Report on the administration of the Government Cinchona Department 1892-98
Year: 1892
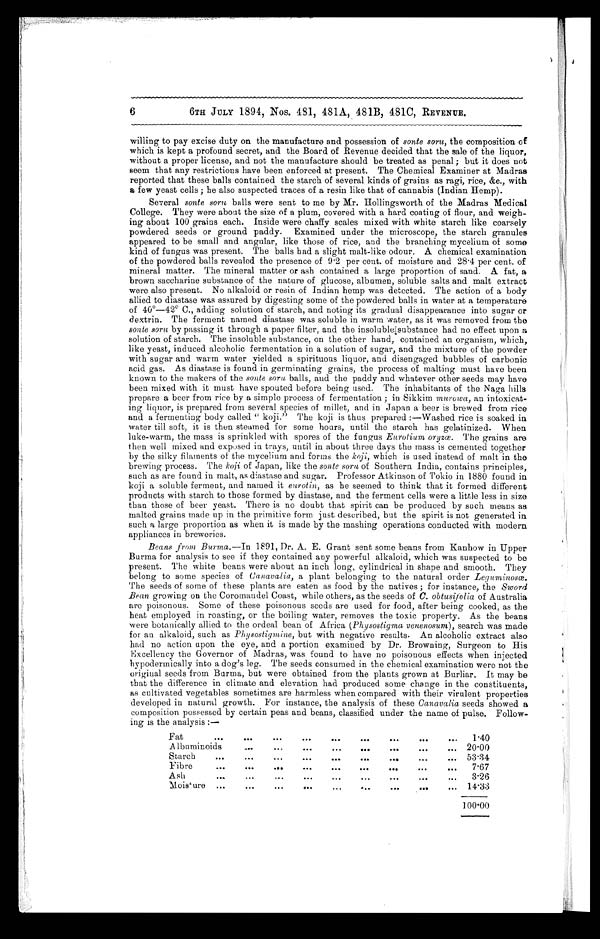
6
6TH JULY 1894, Nos. 481, 481A, 481B, 481C, REVENUE.
willing to pay excise duty on the manufacture and possession of sonte soru, the composition of
which is kept a profound secret, and the Board of Revenue decided that the sale of the liquor,
without a proper license, and not the manufacture should be treated as penal ; but it does not
seem that any restrictions have been enforced at present. The Chemical Examiner at Madras
reported that these balls contained the starch of several kinds of grains as ragi, rice, &c., with
a few yeast cells ; he also suspected traces of a resin like that of cannabis (Indian Hemp).
Several sonte soru balls were sent to me by Mr. Hollingsworth of the Madras Medical
College. They were about the size of a plum, covered with a hard coating of flour, and weigh
-ing about 100 grains each. Inside were chaffy scales mixed with white starch like coarsely
powdered seeds or ground paddy. Examined under the microscope, the starch granules
appeared to be small and angular, like those of rice, and the branching mycelium of some
kind of fungus was present. The balls had a slight malt-like odour. A chemical examination
of the powdered balls revealed the presence of 9·2 per cent. of moisture and 28·4 per cent. of
mineral matter. The mineral matter or ash contained a large proportion of sand. A fat, a
brown saccharine substance of the nature of glucose, albumen, soluble salts and malt extract
were also present. No alkaloid or resin of Indian hemp was detected. The action of a body
allied to diastase was assured by digesting some of the powdered balls in water at a temperature
of 40°-42° C., adding solution of starch, and noting its gradual disappearance into sugar or
dextrin. The ferment named diastase was soluble in warm water, as it was removed from the
sonte soru by passing it through a paper filter, and the insoluble substance had no effect upon a
solution of starch. The insoluble substance, on the other hand, contained an organism, which,
like yeast, induced alcoholic fermentation in a solution of sugar, and the mixture of the powder
with sugar and warm water yielded a spirituous liquor, and disengaged bubbles of carbonic
acid gas. As diastase is found in germinating grains, the process of malting must have been
known to the makers of the sonte soru balls, and the paddy and whatever other seeds may have
been mixed with it must have spouted before being used. The inhabitants of the Naga hills
prepare a beer from rice by a simple process of fermentation ; in Sikkim murowa, an intoxicat
- i n g l i q u o r , i s p r e p a r e d f r o m s e v e r a l s p e c i e s o f m i l l e t , a n d i n J a p a n a b e e r i s b r e w e d f r o m r i c e
and a fermenting body called " koji." The koji is thus prepared :—Washed rice is soaked in
water till soft, it is then steamed for some hours, until the starch has gelatinized. When
luke-warm, the mass is sprinkled with spores of the fungus Eurotium oryzœ. The grains are
then well mixed and exposed in trays, until in about three days the mass is cemented together
by the silky filaments of the mycelium and forms the koji, which is used instead of malt in the
brewing process. The koji of Japan, like the sonte soru of Southern India, contains principles,
such as are found in malt, as diastase and sugar. Professor Atkinson of Tokio in 1880 found in
koji a soluble ferment, and named it eurotin, as he seemed. to think that it formed different
products with starch to those formed by diastase, and the ferment cells were a little less in size
than those of beer yeast. There is no doubt that spirit can be produced by such means as
malted grains made up in the primitive form just described, but the spirit is not generated in
such a large proportion as when it is made by the mashing operations conducted with modern
appliances in breweries.
Beans from Burma.—In 1891, Dr. A. E. Grant sent some beans from Kanhow in Upper
Burma for analysis to see if they contained any powerful alkaloid, which was suspected to be
present. The white beans were about an inch long, cylindrical in shape and smooth. They
belong to some species of Canavalia, a plant belonging to the natural order Leguminosœ.
The seeds of some of these plants are eaten as food by the natives ; for instance, the Sword
Bean growing on the Coromandel Coast, while others, as the seeds of C. obtusifolia of Australia
are poisonous. Some of these poisonous seeds are used for food, after being cooked, as the
heat employed in roasting, or the boiling water, removes the toxic property. As the beans
were botanically allied to the ordeal bean of Africa (Physostigma venenosum), search was made
for an alkaloid, such as Physostigmine, but with negative results. An alcoholic extract also
had no action upon the eye, and a portion examined by Dr. Browning, Surgeon to His
Excellency the Governor of Madras, was found to have no poisonous effects when injected
hypodermically into a dog's leg. The seeds consumed in the chemical examination were not the
original seeds from Burma, but were obtained from the plants grown at Burliar. It may be
that the difference in climate and elevation had produced some change in the constituents,
as cultivated vegetables sometimes are harmless when compared with their virulent properties
developed in natural growth. For instance, the analysis of these Canavalia seeds showed a
composition possessed by certain peas and beans, classified under the name of pulse. Follow
-ing is the analysis :—
Fat
1·40
Albuminoids
20·00
Starch
53·34
Fibre
7·67
Ash—
3·26
Moieture
14·33
100·00